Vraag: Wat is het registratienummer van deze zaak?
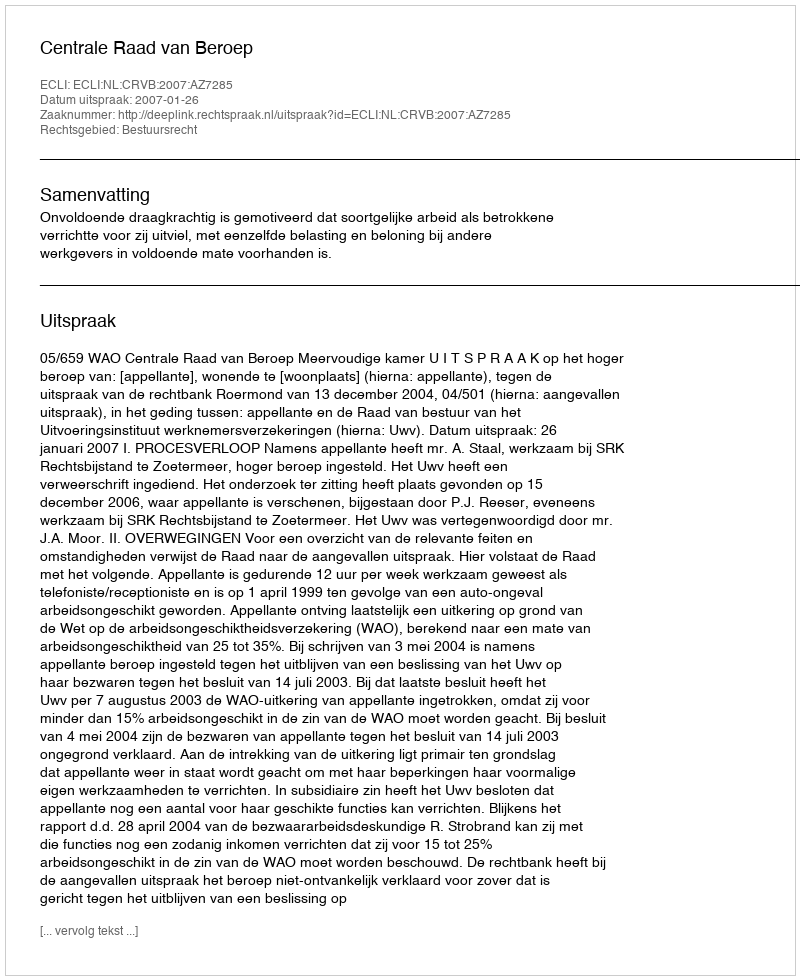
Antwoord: http://deeplink.rechtspraak.nl/uitspraak?id=ECLI:NL:CRVB:2007:AZ7285